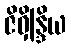
ဇိဝှိန္ဒြိယ